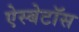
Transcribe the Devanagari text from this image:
ऐस्बेटॉस